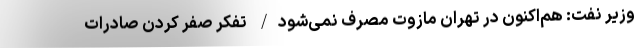
وزیر نفت: هم‌اکنون در تهران مازوت مصرف نمی‌شود/ تفکر صفر کردن صادرات